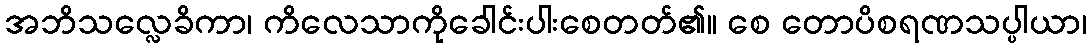
အဘိသလ္လေခိကာ၊ ကိလေသာကိုခေါင်းပါးစေတတ်၏။ စေ တောပိစရဏသပ္ပါယာ၊